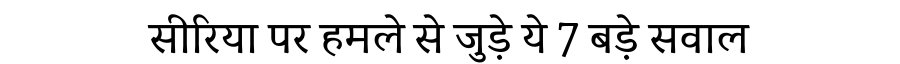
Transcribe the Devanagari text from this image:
सीरिया पर हमले से जुड़े ये 7 बड़े सवाल